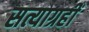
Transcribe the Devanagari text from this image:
सत्याग्रहीं